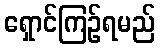
ရှောင်ကြဉ်ရမည်